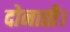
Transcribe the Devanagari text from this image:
दोनाती।